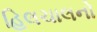
હિલચાલનો